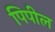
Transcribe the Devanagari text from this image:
पिपील